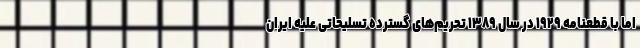
اما با قطعنامه ۱۹۲۹ در سال ۱۳۸۹ تحریم‌های گسترده تسلیحاتی علیه ایران